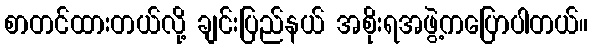
စာတင်ထားတယ်လို့ ချင်းပြည်နယ် အစိုးရအဖွဲ့ကပြောပါတယ်။